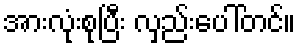
အားလုံးစုပြီး လှည်းပေါ်တင်။